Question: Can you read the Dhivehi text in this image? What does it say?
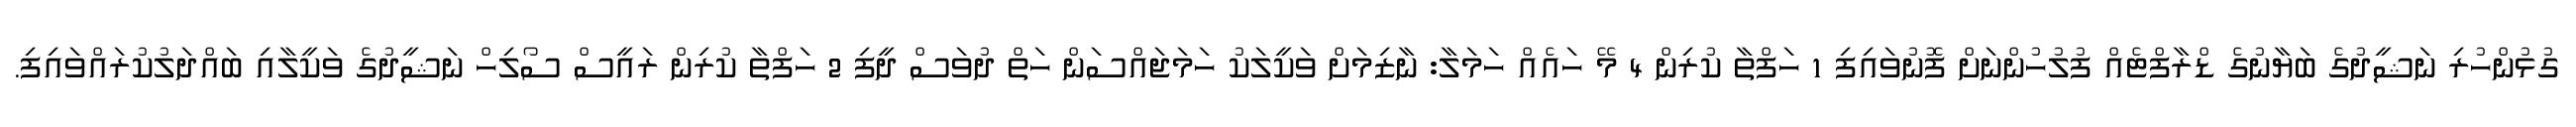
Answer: ގުޅުންހުރި ނަޝީދުގެ ބަޔާނުގެ ޑްރާފްޓެއް ފުލުހުންނަށް ފޮނުވައިފި 1 ހަފްތާ ކުރިން 4 މޭ ހައެއް ހަމަލާ: ނާޒިމަށް ވަކީލަކު ހަމަޖައްސަން ހަތް ދުވަސް ދީފި 2 ހަފްތާ ކުރިން ރައީސް ސޯލިހް ނަޝީދުގެ ވަކީލާއި ބައްދަލުކުރައްވައިފި.